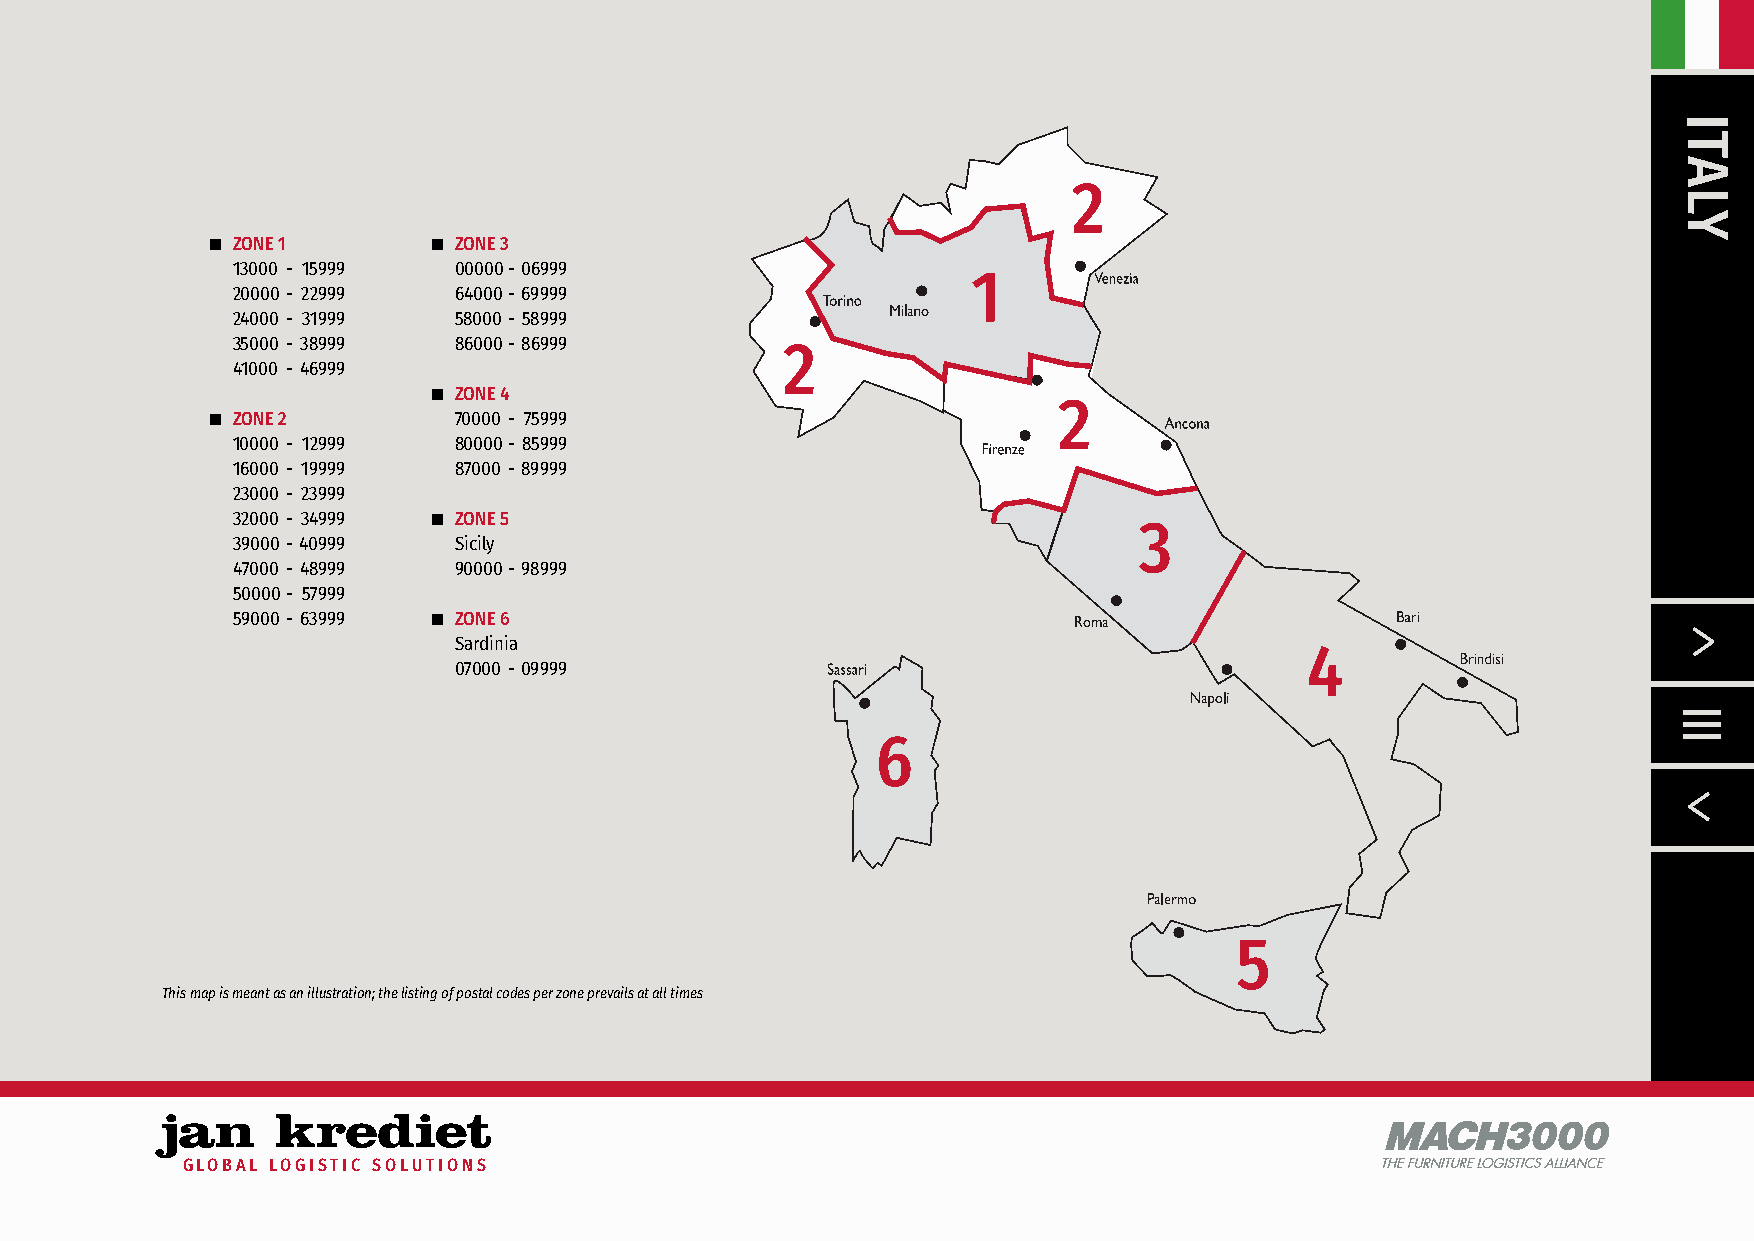
2
 n ZONE 1       n ZONE 3
 13000 - 15999  00000 - 06999
 1
 20000 - 22999  64000 - 69999
 24000 - 31999  58000 - 58999
 35000 - 38999  86000 - 86999
 2
 41000 - 46999
 n ZONE 4
 2
 n ZONE 2        70000 - 75999
 10000 - 12999  80000 - 85999
 16000 - 19999  87000 - 89999
 23000 - 23999
 32000 - 34999 n ZONE 5
 3
 39000 - 40999  Sicily
 47000 - 48999  90000 - 98999
 50000 - 57999
 59000 - 63999 n ZONE 6
 Sardinia
 4
 07000 - 09999
 6
 5
 This map is meant as an illustration; the listing of postal codes per zone prevails at all times
 MACH3000
 GLOBAL LOGISTIC SOLUTIONS                                                       THE FURNITUREL OGISTIACSl l/ANCE
 ITALY